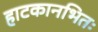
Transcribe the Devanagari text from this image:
हाटकानभितः